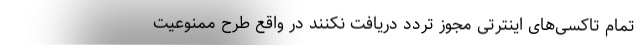
تمام تاکسی‌های اینترتی مجوز تردد دریافت نکنند در واقع طرح ممنوعیت